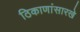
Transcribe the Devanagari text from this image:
ठिकाणांसारखे